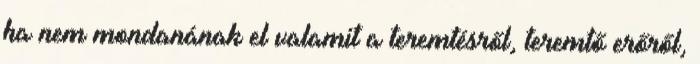
ha nem mondanának el valamit a teremtésről, teremtő erőről,